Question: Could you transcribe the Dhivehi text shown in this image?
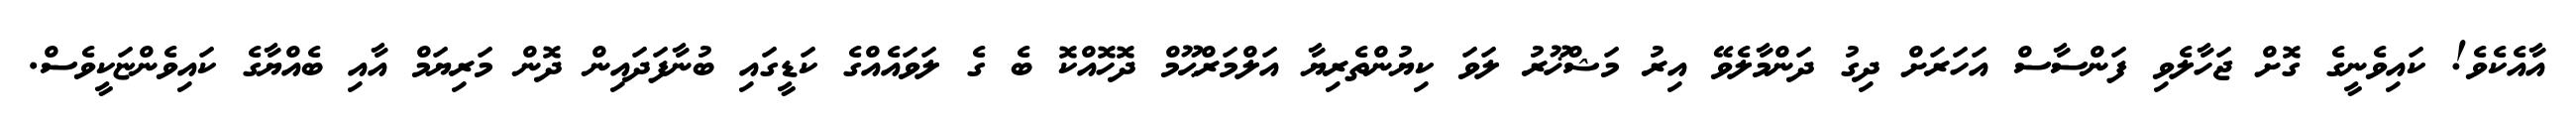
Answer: އާއެކެވެ! ކައިވެނީގެ ގޮށް ޖަހާލެވި ފަންސާސް އަހަރަށް ދިގު ދަންމާލެވޭ އިރު މަޝްޚޫރު ލަވަ ކިޔުންތެރިޔާ އަލްމަރްޙޫމް ދޮހޮއްކޮ ބެ ގެ ލަވައެއްގެ ކަޑީގައި ބުނާފަދައިން ދޮން މަރިޔަމް އާއި ބެއްޔާގެ ކައިވެންޏަކީވެސް.